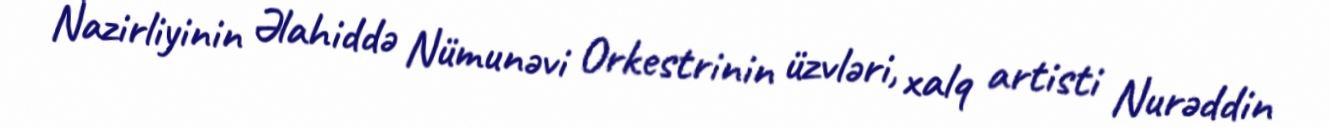
Nazirliyinin Əlahiddə Nümunəvi Orkestrinin üzvləri, xalq artisti Nurəddin